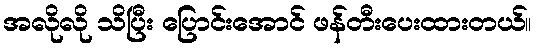
အလိုလို သိပြီး ပြောင်းအောင် ဖန်တီးပေးထားတယ်။